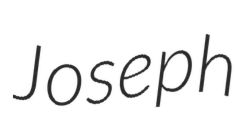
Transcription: Joseph